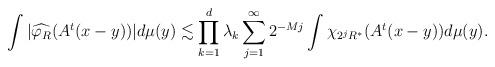
LaTeX: \begin{align*} \int |\widehat{\varphi_{R}}(A^{t}(x-y))| d\mu(y) & \lesssim \prod_{k=1}^d \lambda_k \sum^{\infty}_{j=1} 2^{-Mj} \int \chi_{2^j R^*} (A^{t}(x-y)) d\mu(y). \end{align*}